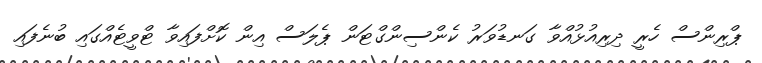
ޕްރިންސް ހެރީ ދިރިއުޅުއްވާ ގަނޑުވަރު ކެންސިންގްޓަން ޕެލަސް އިން ކޮށްފައިވާ ޓްވީޓެއްގައި ބުނެފައި